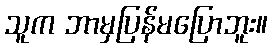
သူက ဘာမှပြန်မပြောဘူး။